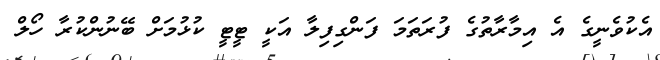
އެކުވެނީގެ އެ އިމާރާތުގެ ފުރަތަމަ ފަންގިފިލާ އަކީ ޓީޓީ ކުޅުމަށް ބޭނުންކުރާ ހޯލް